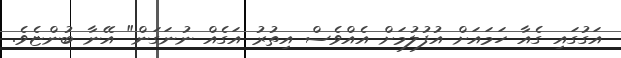
އަގުގައި ގެއާ ހަމައަށް އުފުލުމަށް އެއްވެސް އިތުރު އަގެއް ނުނަގަން" އޭނާ ބުންޏެވެ.